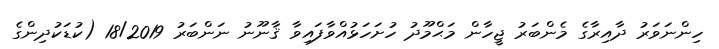
ހިންނަވަރު ދާއިރާގެ މެންބަރު ޖީހާން މަޙްމޫދު ހުށަހަޅުއްވާފައިވާ ޤާނޫނު ނަންބަރު 18/2019 (ކުޑަކުދިންގެ